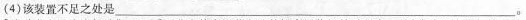
(4)该装置不足之处是___。